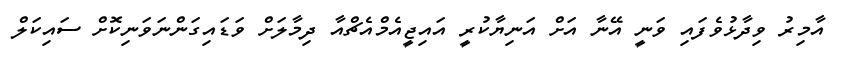
އާމިރު ވިދާޅުވެފައި ވަނީ އޭނާ އަށް އަނިޔާކުރީ އައިޖީއެމްއެޗްއާ ދިމާލަށް ވަޑައިގަންނަވަނިކޮށް ސައިކަލް